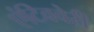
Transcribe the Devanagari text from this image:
एंटिववेरी